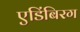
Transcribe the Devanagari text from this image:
एडिंबिरग